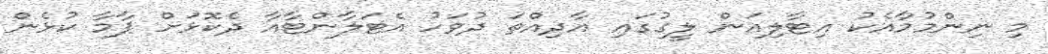
މި ނިންމުމާއެކު އިޓާލިއަން ލީގުގައި އާދިއްތަ ދުވަހު އެޓަލާންޓާއާ ދެކޮޅަށް ޕާމާ ކުޅެން